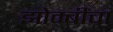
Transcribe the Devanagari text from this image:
झोम्बींचा